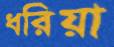
ধরিয়া